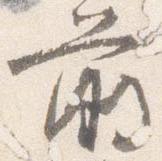
前